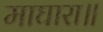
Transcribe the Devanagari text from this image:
माघारा॥